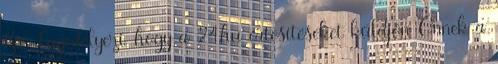
Kft. Engedélyezi, hogy a 24.hu értesítéseket küldjön Önnek a